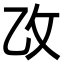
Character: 𫡣